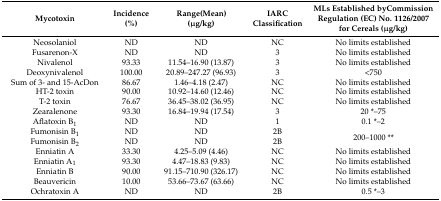
<table><thead><tr><td><b>Mycotoxin</b></td><td><b>Incidence(%)</b></td><td><b>Range(Mean) (μg/kg)</b></td><td><b>IARC Classification</b></td><td><b>MLs Established byCommission Regulation (EC) No. 1126/2007 for Cereals (μg/kg)</b></td></tr></thead><tbody><tr><td>Neosolaniol</td><td>ND</td><td>ND</td><td>NC</td><td>No limits established</td></tr><tr><td>Fusarenon-X</td><td>ND</td><td>ND</td><td>3</td><td>No limits established</td></tr><tr><td>Nivalenol</td><td>93.33</td><td>11.54–16.90 (13.87)</td><td>3</td><td>No limits established</td></tr><tr><td>Deoxynivalenol</td><td>100.00</td><td>20.89–247.27 (96.93)</td><td>3</td><td>&lt;750</td></tr><tr><td>Sum of 3- and 15-AcDon</td><td>86.67</td><td>1.46–4.18 (2.47)</td><td>NC</td><td>No limits established</td></tr><tr><td>HT-2 toxin</td><td>90.00</td><td>10.92–14.60 (12.46)</td><td>NC</td><td>No limits established</td></tr><tr><td>T-2 toxin</td><td>76.67</td><td>36.45–38.02 (36.95)</td><td>NC</td><td>No limits established</td></tr><tr><td>Zearalenone</td><td>93.30</td><td>16.84–19.94 (17.54)</td><td>3</td><td>20 *–75</td></tr><tr><td>Aflatoxin B<sub>1</sub></td><td>ND</td><td>ND</td><td>1</td><td>0.1 *–2</td></tr><tr><td>Fumonisin B<sub>1</sub></td><td>ND</td><td>ND</td><td>2B</td><td rowspan="2">200–1000 **</td></tr><tr><td>Fumonisin B<sub>2</sub></td><td>ND</td><td>ND</td><td>2B</td></tr><tr><td>Enniatin A</td><td>33.30</td><td>4.25–5.09 (4.46)</td><td>NC</td><td>No limits established</td></tr><tr><td>Enniatin A<sub>1</sub></td><td>93.30</td><td>4.47–18.83 (9.83)</td><td>NC</td><td>No limits established</td></tr><tr><td>Enniatin B</td><td>90.00</td><td>91.15–710.90 (326.17)</td><td>NC</td><td>No limits established</td></tr><tr><td>Beauvericin</td><td>10.00</td><td>53.66–73.67 (63.66)</td><td>NC</td><td>No limits established</td></tr><tr><td>Ochratoxin A</td><td>ND</td><td>ND</td><td>2B</td><td>0.5 *–3</td></tr></tbody></table>